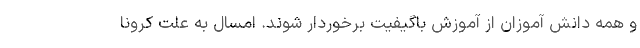
و همه دانش آموزان از آموزش باگیفیت برخوردار شوند. امسال به علت کرونا